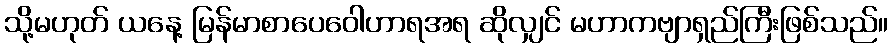
သို့မဟုတ် ယနေ့ မြန်မာစာပေဝေါဟာရအရ ဆိုလျှင် မဟာကဗျာရှည်ကြီးဖြစ်သည်။